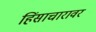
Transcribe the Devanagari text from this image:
हिंसाचारावर